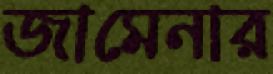
জামেনার